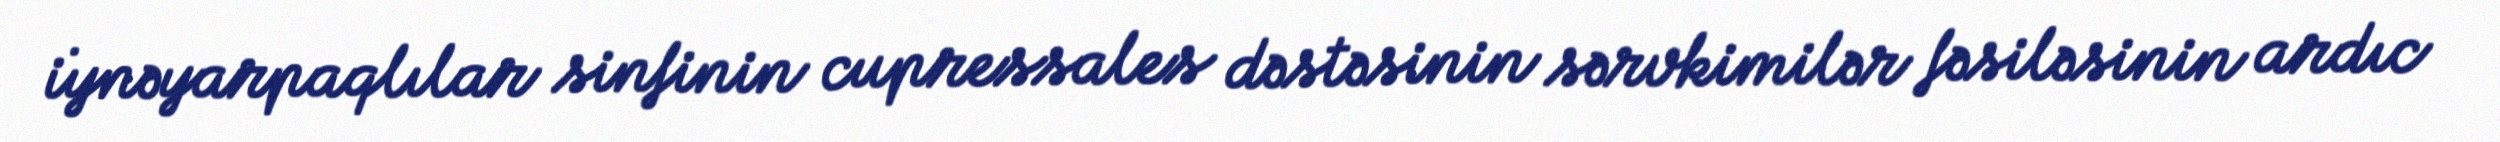
i̇ynəyarpaqlılar sinfinin cupressales dəstəsinin sərvkimilər fəsiləsinin ardıc